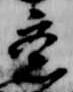
意